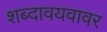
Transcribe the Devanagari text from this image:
शब्दावयवावर